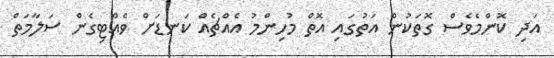
އަދި ކޮންމެވެސް ގޮތަކުން އަތުގައި އޮތް މުހިންމު އެއްޗެއް ކަނޑަށް ވެއްޓިގެން ސަލާމަތް